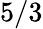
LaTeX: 5/3